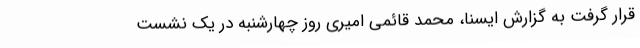
قرار گرفت به گزارش ایسنا، محمد قائمی امیری روز چهارشنبه در یک نشست